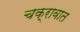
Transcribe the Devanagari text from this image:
चक्रावात